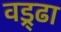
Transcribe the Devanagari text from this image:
वड्र्ढा